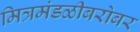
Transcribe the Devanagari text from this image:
मित्रमंडळीबरोबर